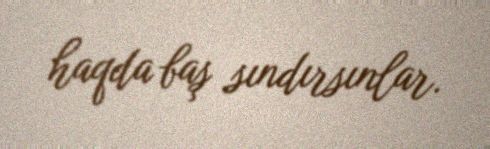
haqda baş sındırsınlar.